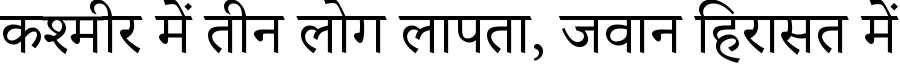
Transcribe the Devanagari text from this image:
कश्मीर में तीन लोग लापता, जवान हिरासत में